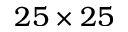
2 5 \times 2 5